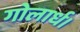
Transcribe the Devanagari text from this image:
गोलार्ध।